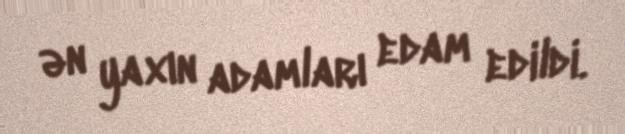
ən yaxın adamları edam edildi.